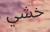
خشي